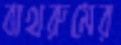
বাথরুমের